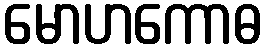
မောဟကောဓ